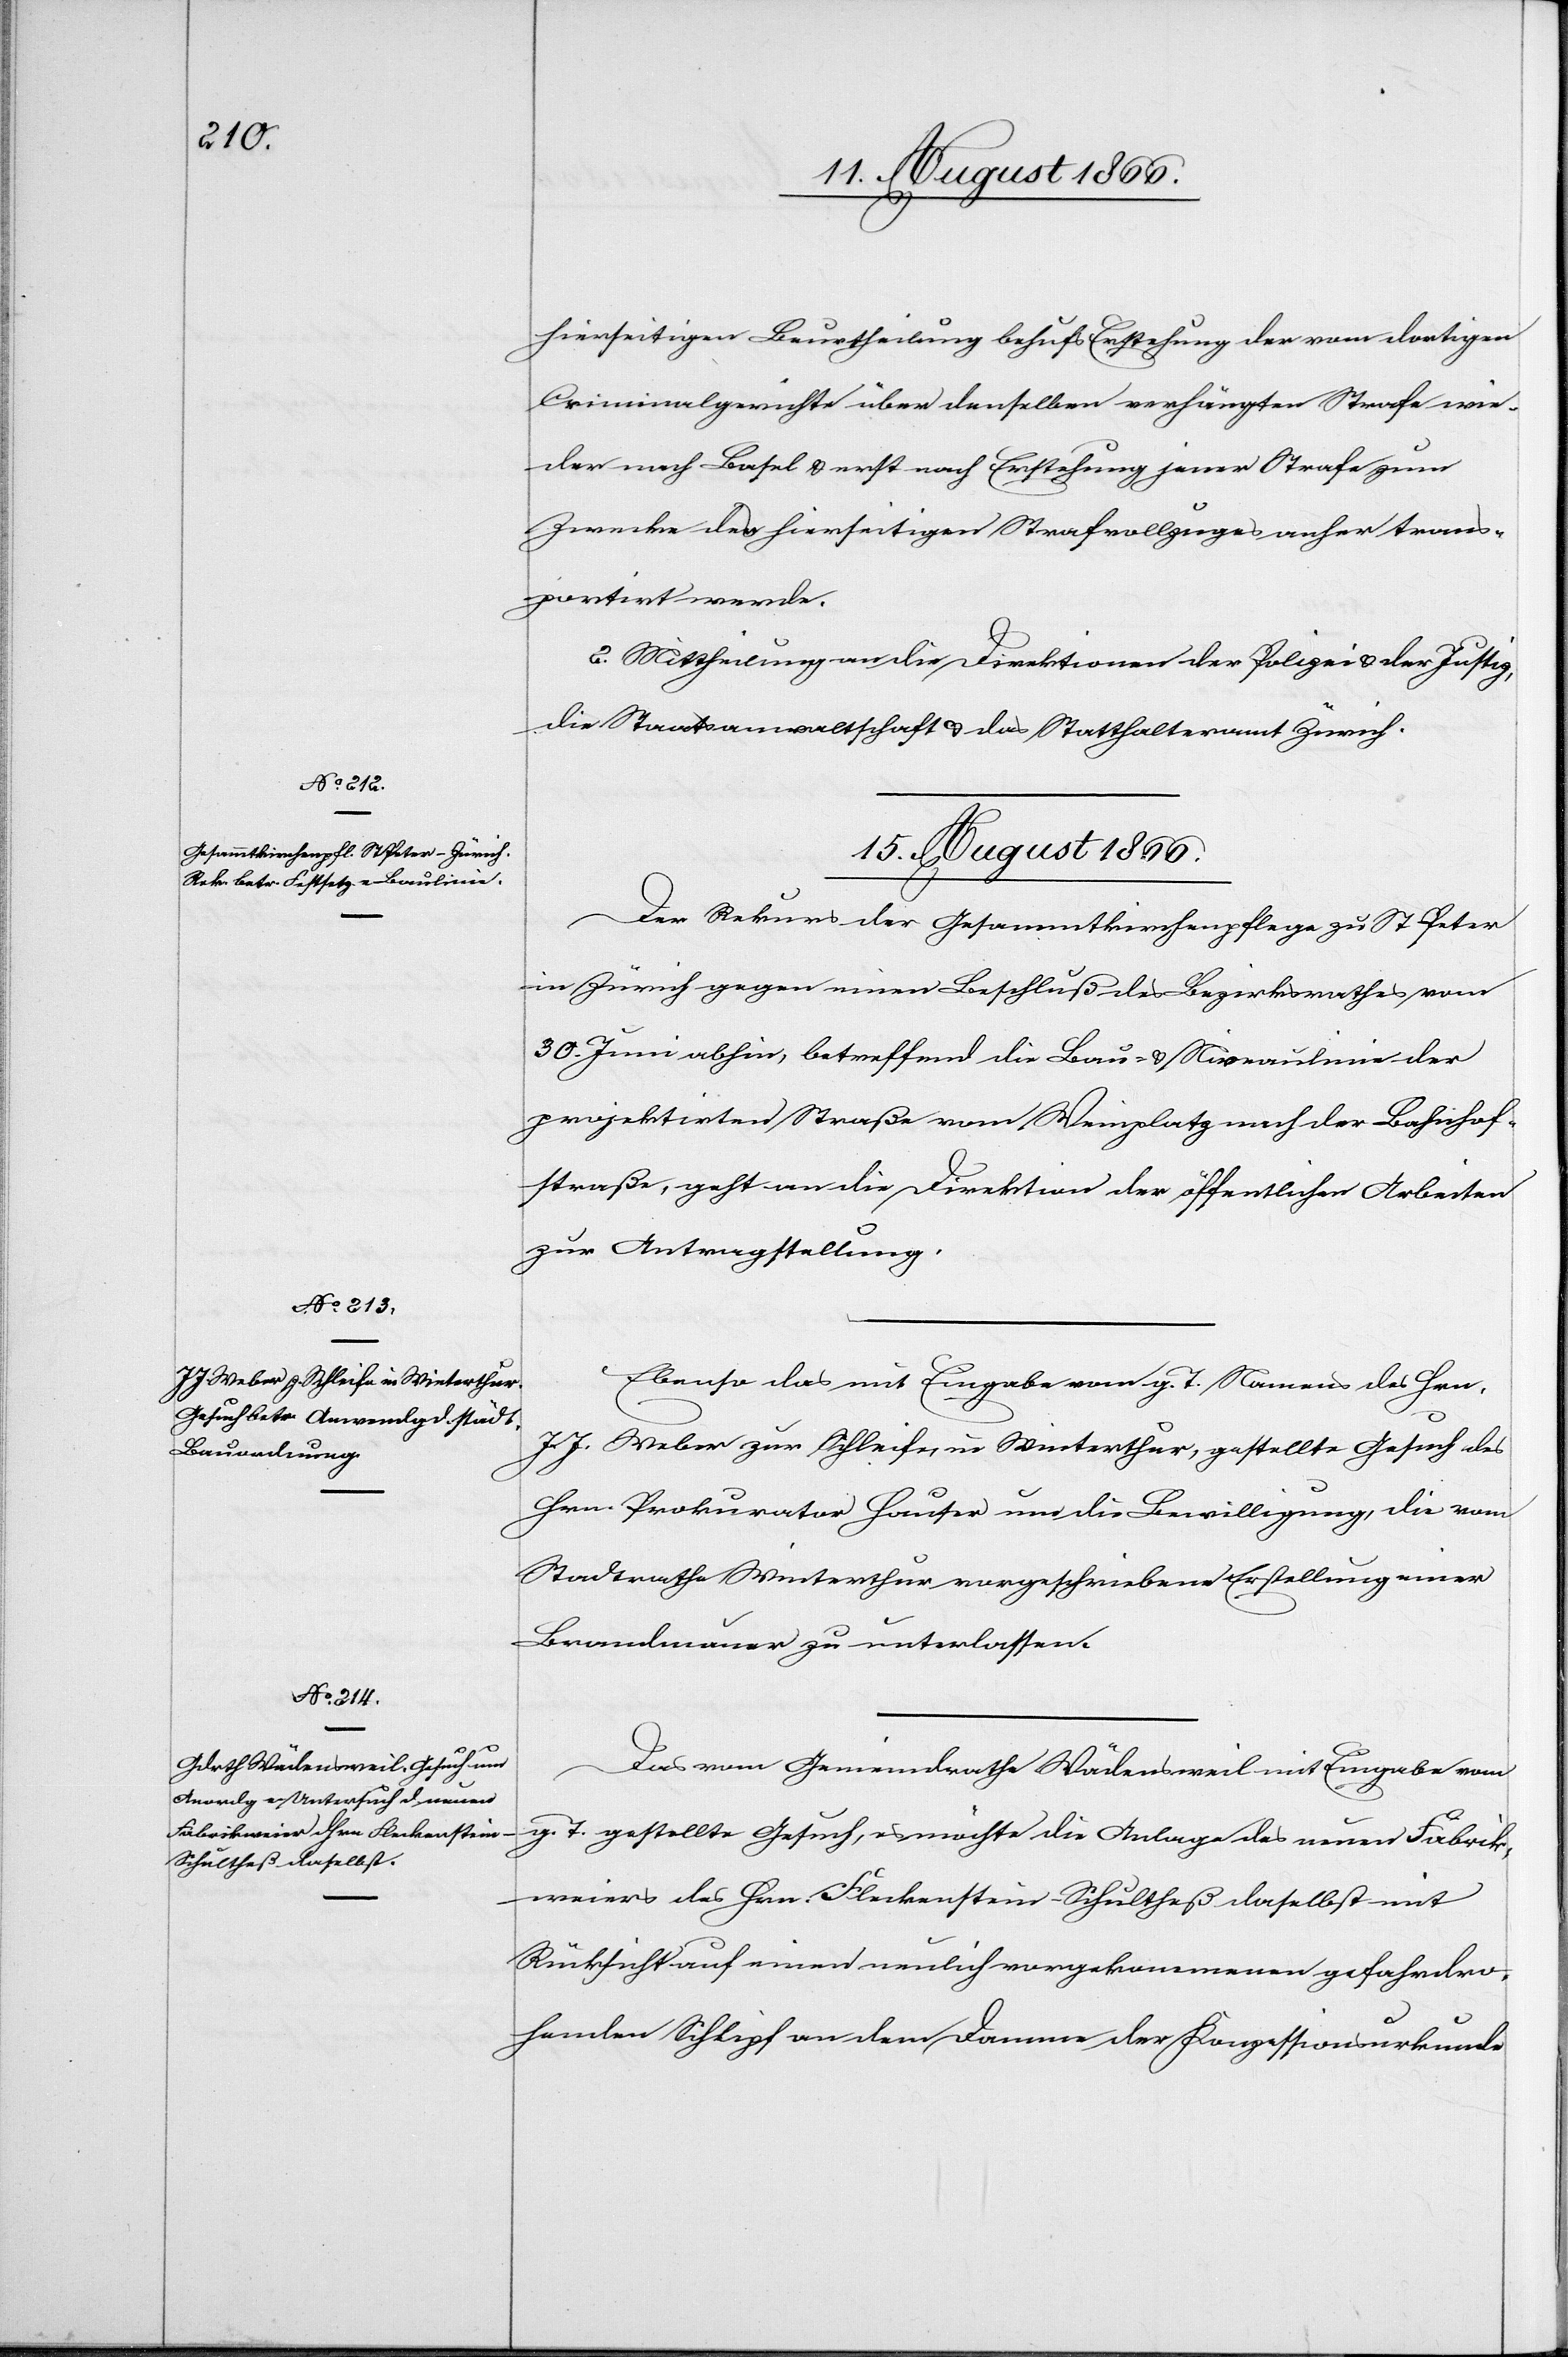
hierseitigen Beurtheilung behufs Erstehung der vom dortigen
Criminalgerichte über denselben verhängten Strafe wie¬
der nach Basel u. erst nach Erstehung jener Strafe zum
Zwecke des hierseitigen Strafvollzuges anher trans¬
portirt werde.
2. Mittheilung an die Direktionen der Polizei u. der Justiz,
die Staatsanwaltschaft u. das Statthalteramt Zürich.
15. August 1866.]
Der Rekurs der Gesammtkirchenpflege zu St. Peter
in Zürich gegen einen Beschluß des Bezirksrathes vom
30. Juni abhin, betreffend die Bau- u. Nivaulinie
projektirten Straße vom Weinplatz nach der Bahnhof¬
straße, geht an die Direktion der öffentlichen Arbeiten
zur Antragstellung.
Ebenso das mit Eingabe vom g. T. Namens des Hrn.
J J. Weber zur Schleife, in Winterthur, gestellte Gesuch des
Hrn. Prokurator Hauser um die Bewilligung, die vom
Stadtrathe Winterthur vorgeschriebene Erstellung einer
Brandmauer zu unterlassen.
Das von Gemeindrath Wädensweil mit Eingabe vom
g. T. gestellte Gesuch, es möchte die Anlage des neuen Fabrik¬
weiers des Hrn. Fleckenstein-Schultheß daselbst mit
Rücksicht auf einen neulich vorgekommenen gefahrdro¬
henden Schlipf an dem Damme der Konzessionsurkunde